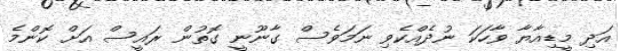
އަދި މީޑިއާޔާ ވާހަކަ ނުދެއްކެވި ނަމަވެސް ގާނޫނީ ގޮތުން ރައީސް އަށް ކޮންމެ